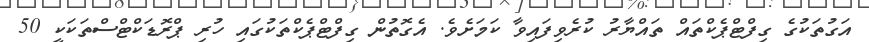
އަގުތަކުގެ ގިފްޓްޕެކްތައް ތައްޔާރު ކުރެވިފައިވާ ކަމަށެވެ. އެގޮތުން ގިފްޓްޕެކްތަކުގައި ހުރި ޕްރޮޑަކްޓްސްތަކަކީ 50